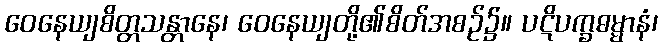
ဝေနေယျစိတ္တသန္တာနေ၊ ဝေနေယျတို့၏စိတ်အစဉ်၌။ ပဋိပက္ခဓမ္မာနံ၊